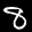
Label: 8